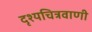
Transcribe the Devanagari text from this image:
दृश्यचित्रवाणी